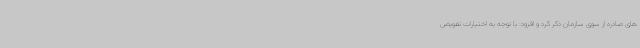
های صادره از سوی سازمان ذکر کرد و افزود: با توجه به اختیارات تفویض